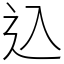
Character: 込